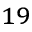
^ { 1 9 }